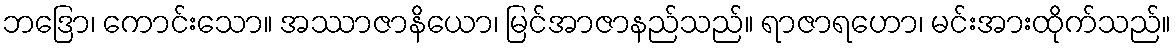
ဘဒြော၊ ကောင်းသော။ အဿာဇာနိယော၊ မြင်အာဇာနည်သည်။ ရာဇာရဟော၊ မင်းအားထိုက်သည်။